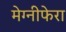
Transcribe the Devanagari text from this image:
मेग्‍नीफेरा